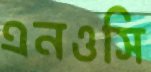
এনওসি